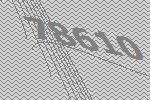
78610